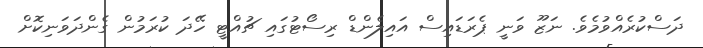
ދަސްކުރެއްވުމެވެ. ނަޒޫ ވަނީ ޕެރަޑައިސް އައިލެންޑް ރިސޯޓުގައި ޗުއްޓީ ހޭދަ ކުރަމުން ގެންދަވަނިކޮށް